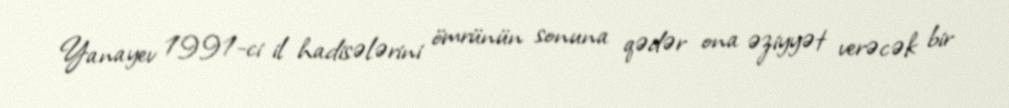
Yanayev 1991-ci il hadisələrini ömrünün sonuna qədər ona əziyyət verəcək bir